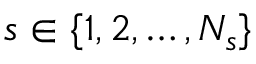
s \in \{ 1 , 2 , \ldots , N _ { s } \}